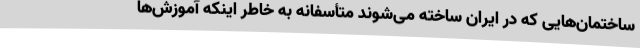
ساختمان‌هایی که در ایران ساخته می‌شوند متأسفانه به خاطر اینکه آموزش‌ها